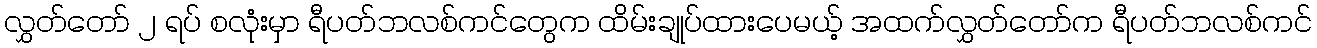
လွှတ်တော် ၂ ရပ် စလုံးမှာ ရီပတ်ဘလစ်ကင်တွေက ထိမ်းချုပ်ထားပေမယ့် အထက်လွှတ်တော်က ရီပတ်ဘလစ်ကင်